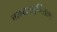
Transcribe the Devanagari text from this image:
चशब्दसमुच्चिताश्च